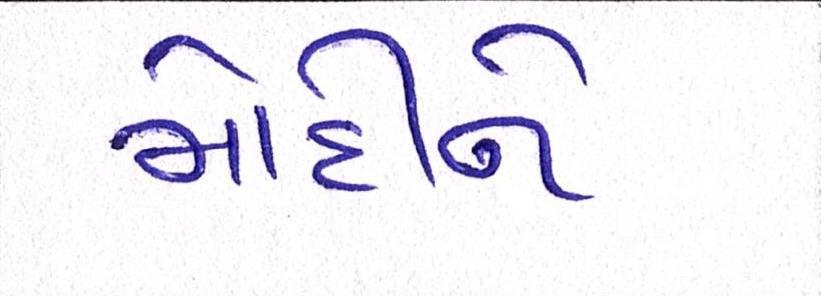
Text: મોદીને